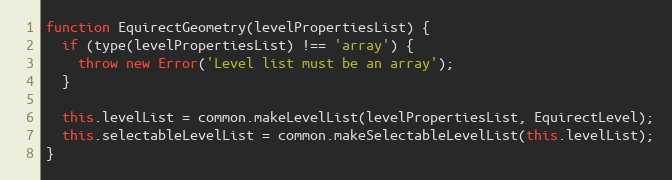
Language: JavaScript
function EquirectGeometry(levelPropertiesList) {
  if (type(levelPropertiesList) !== 'array') {
    throw new Error('Level list must be an array');
  }

  this.levelList = common.makeLevelList(levelPropertiesList, EquirectLevel);
  this.selectableLevelList = common.makeSelectableLevelList(this.levelList);
}